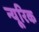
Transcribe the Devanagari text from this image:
न्यूरिक